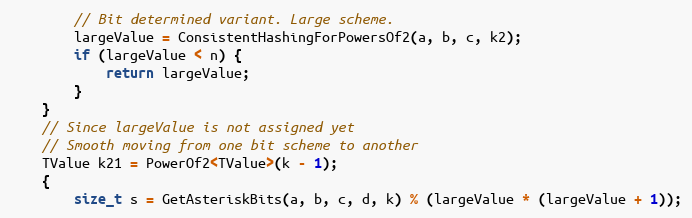
Language: C++
        // Bit determined variant. Large scheme.
        largeValue = ConsistentHashingForPowersOf2(a, b, c, k2);
        if (largeValue < n) {
            return largeValue;
        }
    }
    // Since largeValue is not assigned yet
    // Smooth moving from one bit scheme to another
    TValue k21 = PowerOf2<TValue>(k - 1);
    {
        size_t s = GetAsteriskBits(a, b, c, d, k) % (largeValue * (largeValue + 1));